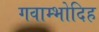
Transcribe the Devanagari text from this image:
गवाम्भोदिह